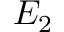
E _ { 2 }